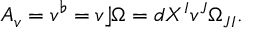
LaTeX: A _ { v } = v ^ { \flat } = v \rfloor \Omega = d X ^ { I } v ^ { J } \Omega _ { J I } .